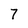
Character: 7